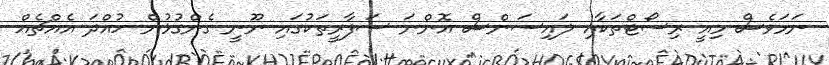
ނަމަވެސް މިއީ ރިސޯޓްތަކާއި ލައިސަންސް އޮންނަ ސަފާރީތަކުގައި ނޫނީ ގެންގުޅުން ހުއްދަ އެއްޗެއް